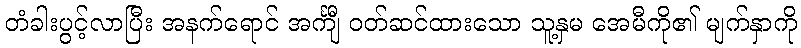
တံခါးပွင့်လာပြီး အနက်ရောင် အင်္ကျီ ဝတ်ဆင်ထားသော သူ့နှမ အေမီကို၏ မျက်နှာကို